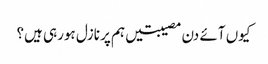
کیوں آئے دن مصیبتیں ہم پر نازل ہورہی ہیں؟